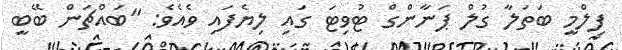
ފިލްމީ ބަތަލާ ގުލް ޕަނާންގް ޓުވިޓަ ގައި ލިޔެފައި ވެއެވެ: "ބައްޗަން ބޭބީ